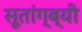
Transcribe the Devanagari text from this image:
सूतांग्ब्यी